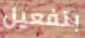
بتفعيل